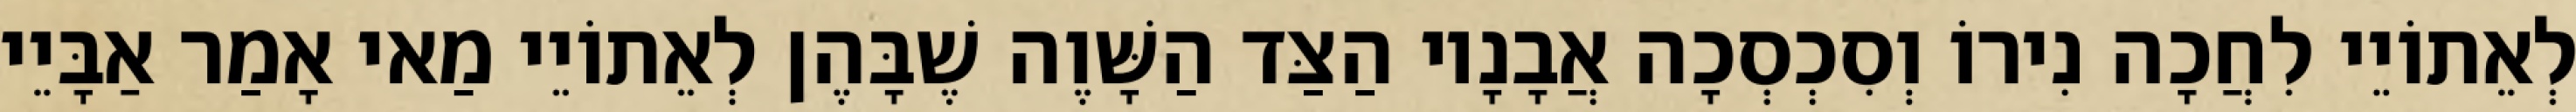
לְאֵתוֹיֵי לִחֲכָה נִירוֹ וְסִכְסְכָה אֲבָנָיו הַצַּד הַשָּׁוֶה שֶׁבָּהֶן לְאֵתוֹיֵי מַאי אָמַר אַבָּיֵי